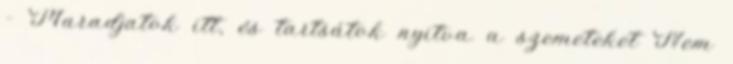
– Maradjatok itt, és tartsátok nyitva a szemeteket Nem